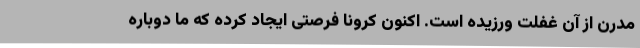
مدرن از آن غفلت ورزیده است. اکنون کرونا فرصتی ایجاد کرده که ما دوباره